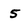
Character: 5